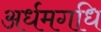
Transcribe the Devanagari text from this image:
अर्धमगधि